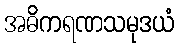
အဓိကရဏသမုဒယံ